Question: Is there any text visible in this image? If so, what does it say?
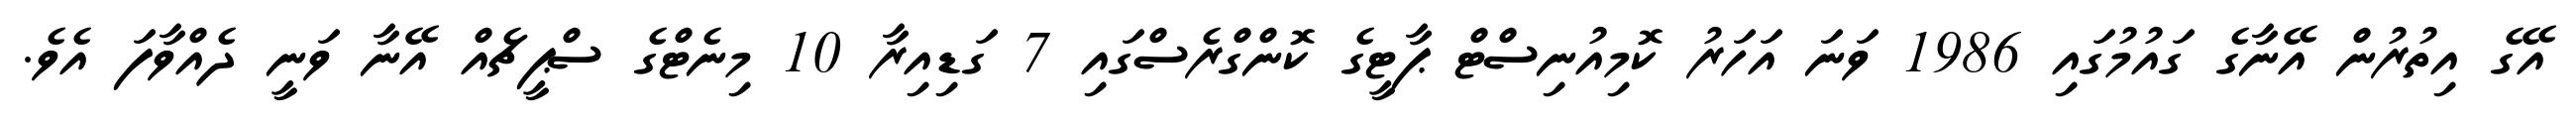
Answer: އޭގެ އިތުރުން އޭނާގެ ގައުމުގައި 1986 ވަނަ އަހަރު ކޮމިއުނިސްޓް ޕާޓީގެ ކޮންގްރެސްގައި 7 ގަޑިއިރާ 10 މިނެޓްގެ ސްޕީޗެއް އޭނާ ވަނީ ދެއްވާފަ އެވެ.